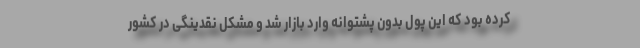
کرده بود که این پول بدون پشتوانه وارد بازار شد و مشکل نقدینگی در کشور